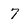
Character: 7